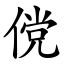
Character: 傥